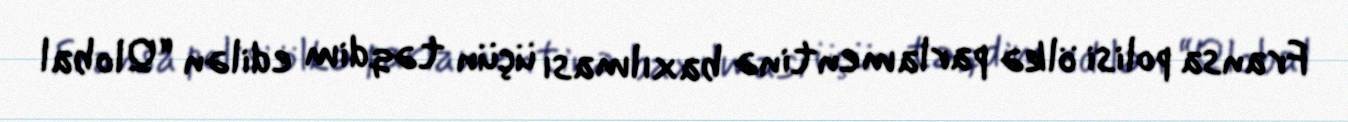
Fransa polisi ölkə parlamentinə baxılması üçün təqdim edilən “Qlobal